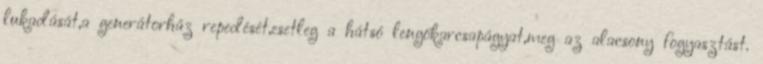
lukadását,a generátorház repedését,esetleg a hátsó lengökarcsapágyat,meg az alacsony fogyasztást.